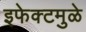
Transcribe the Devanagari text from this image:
इफेक्टमुळे